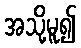
အသို့မူ၍